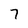
Character: 7